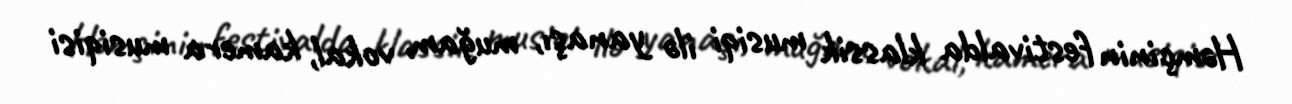
Həmçinin festivalda klassik musiqi ilə yanaşı, muğam, vokal, kamera musiqisi